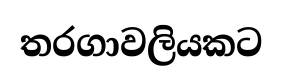
තරගාවලියකට